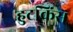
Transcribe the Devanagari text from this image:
हुटकिंस